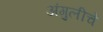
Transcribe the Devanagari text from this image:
अंगुलीचे